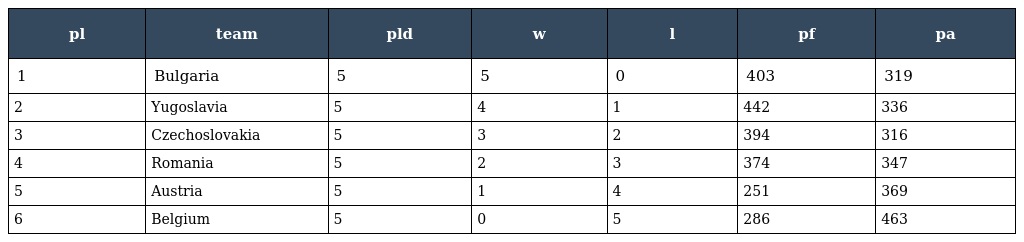
| pl | team | pld | w | l | pf | pa |
 | --- | --- | --- | --- | --- | --- | --- |
 | 1 | Bulgaria | 5 | 5 | 0 | 403 | 319 |
 | 2 | Yugoslavia | 5 | 4 | 1 | 442 | 336 |
 | 3 | Czechoslovakia | 5 | 3 | 2 | 394 | 316 |
 | 4 | Romania | 5 | 2 | 3 | 374 | 347 |
 | 5 | Austria | 5 | 1 | 4 | 251 | 369 |
 | 6 | Belgium | 5 | 0 | 5 | 286 | 463 |